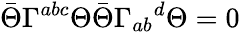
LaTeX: \bar{\Theta}\Gamma^{abc}\Theta\bar{\Theta}\Gamma_{ab}{}^{d}\Theta=0